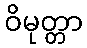
ဝိမုတ္တာ